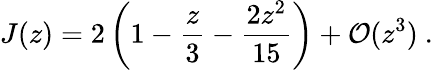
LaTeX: J(z)=2\left(1-\frac{z}{3}-\frac{2z^{2}}{15}\right)+{\cal O}(z^{3})\ .